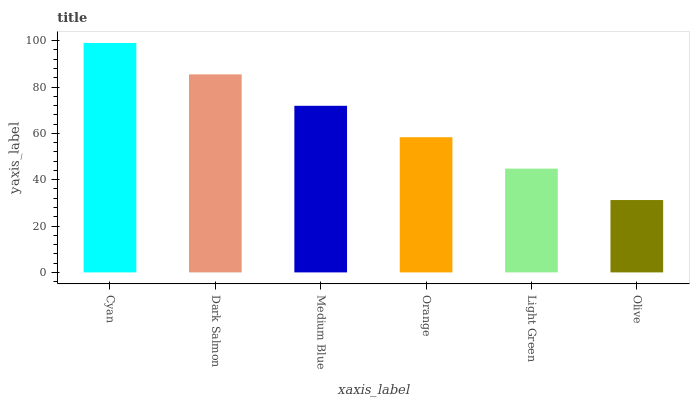
| xaxis_label | bars |
 | --- | --- |
 | Cyan | 99 |
 | Dark Salmon | 85.4 |
 | Medium Blue | 71.9 |
 | Orange | 58.3 |
 | Light Green | 44.8 |
 | Olive | 31.2 |